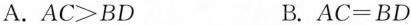
A.$$AC>BD$$ B.$$AC=BD$$